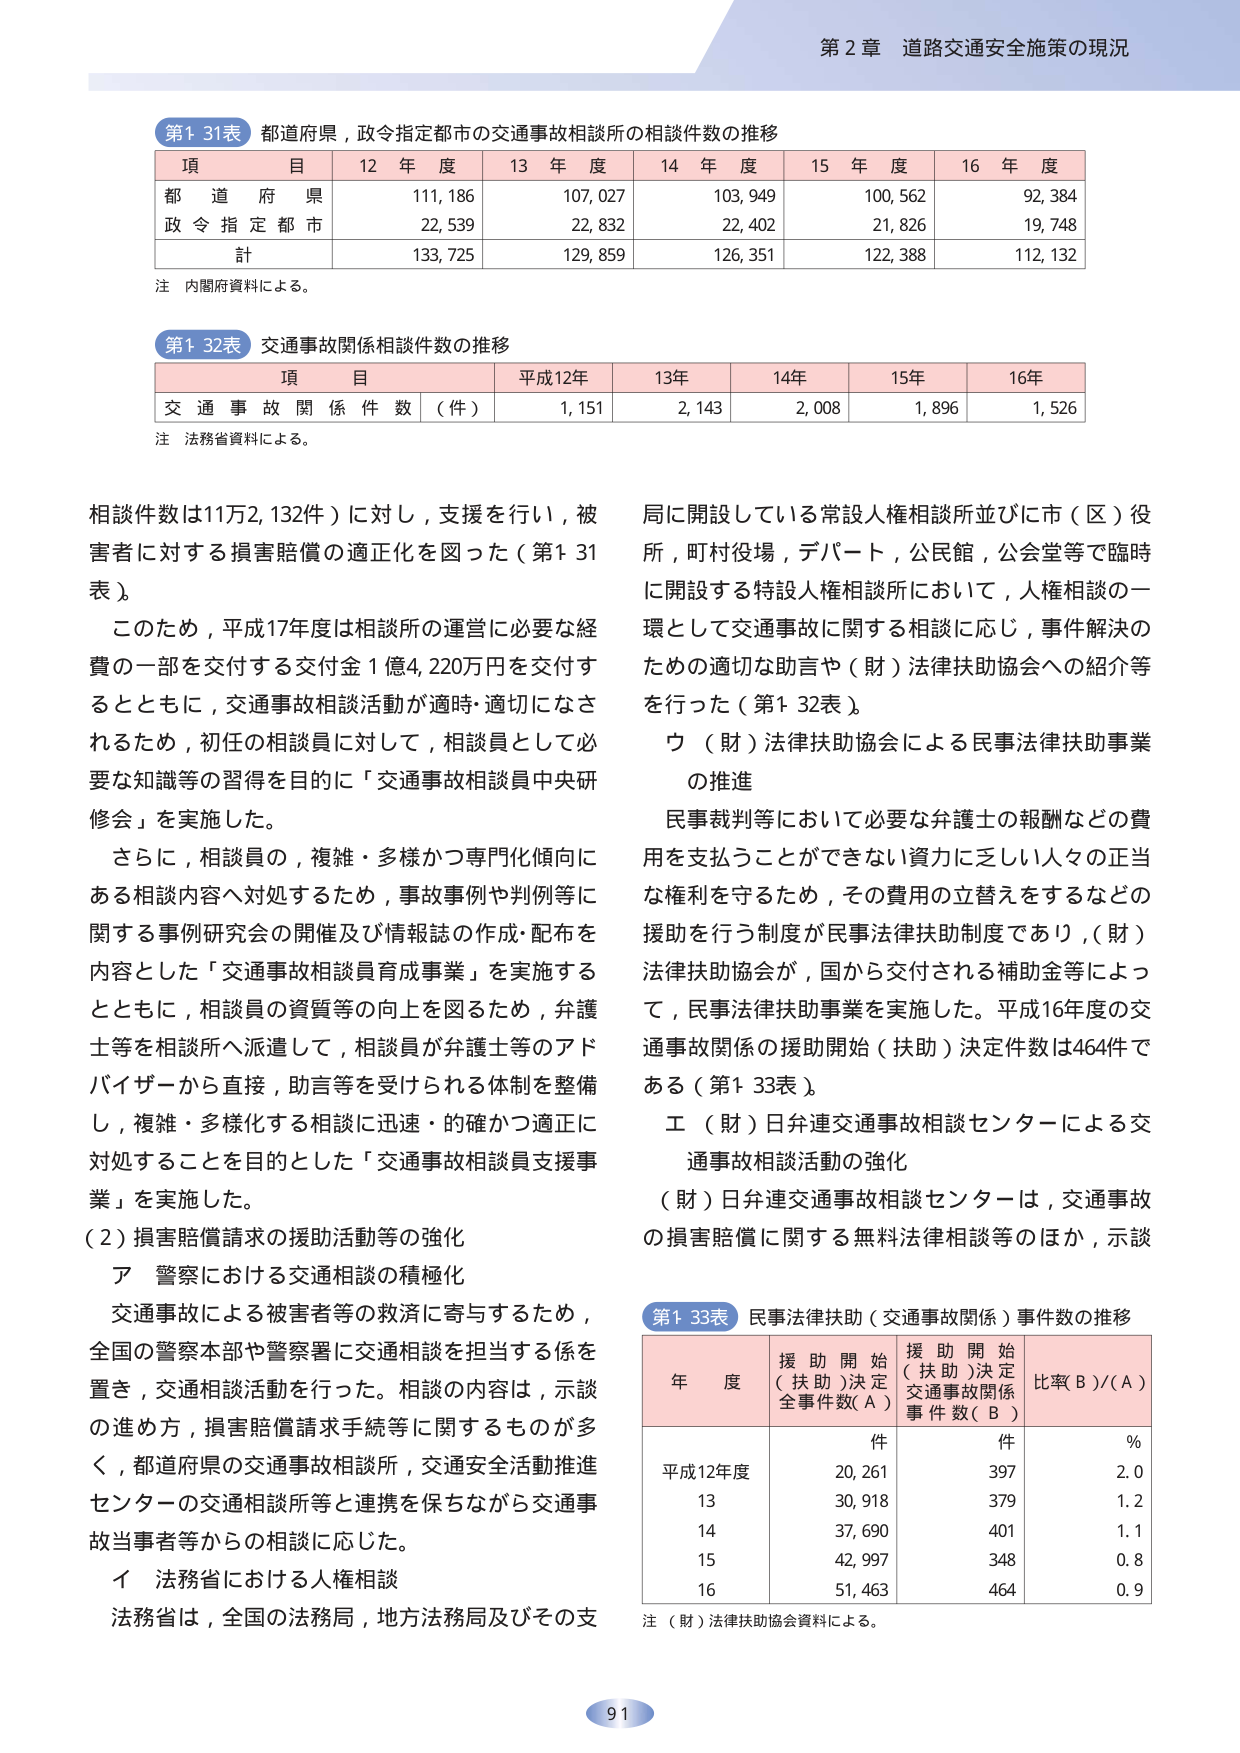
第2章 道路交通安全施策の現況

第1 31表 都道府県，政令指定都市の交通事故相談所の相談件数の推移
項 目 12 年 度 13 年 度 14 年 度 15 年 度 16 年 度
都 道 府 県 111,186 107,027 103,949 100,562 92,384
政 令 指 定 都 市 22,539 22,832 22,402 21,826 19,748
計 133,725 129,859 126,351 122,388 112,132
注 内閣府資料による。

第1 32表 交通事故関係相談件数の推移
項 目 平成12年 13年 14年 15年 16年
交 通 事 故 関 係 件 数 （件） 1,151 2,143 2,008 1,896 1,526
注 法務省資料による。

相談件数は11万2,132件）に対し，支援を行い，被害者に対する損害賠償の適正化を図った（第1 31表）。
このため，平成17年度は相談所の運営に必要な経費の一部を交付する交付金1億4,220万円を交付するとともに，交通事故相談活動が適時・適切になされるため，初任の相談員に対して，相談員として必要な知識等の習得を目的に「交通事故相談員中央研修会」を実施した。
さらに，相談員の，複雑・多様かつ専門化傾向にある相談内容へ対処するため，事故事例や判例等に関する事例研究会の開催及び情報誌の作成・配布を内容とした「交通事故相談員育成事業」を実施するとともに，相談員の資質等の向上を図るため，弁護士等を相談所へ派遣して，相談員が弁護士等のアドバイザーから直接，助言等を受けられる体制を整備し，複雑・多様化する相談に迅速・的確かつ適正に対処することを目的とした「交通事故相談員支援事業」を実施した。
（2）損害賠償請求の援助活動等の強化
ア 警察における交通相談の積極化
交通事故による被害者等の救済に寄与するため，全国の警察本部や警察署に交通相談を担当する係を置き，交通相談活動を行った。相談の内容は，示談の進め方，損害賠償請求手続等に関するものが多く，都道府県の交通事故相談所，交通安全活動推進センターの交通相談所等と連携を保ちながら交通事故当事者等からの相談に応じた。
イ 法務省における人権相談
法務省は，全国の法務局，地方法務局及びその支局に開設している常設人権相談所並びに市（区）役所，町村役場，デパート，公民館，公会堂等で臨時に開設する特設人権相談所において，人権相談の一環として交通事故に関する相談に応じ，事件解決のための適切な助言や（財）法律扶助協会への紹介等を行った（第1 32表）。
ウ （財）法律扶助協会による民事法律扶助事業の推進
民事裁判等において必要な弁護士の報酬などの費用を支払うことができない資力に乏しい人々の正当な権利を守るため，その費用の立替えをするなどの援助を行う制度が民事法律扶助制度であり，（財）法律扶助協会が，国から交付される補助金等によって，民事法律扶助事業を実施した。平成16年度の交通事故関係の援助開始（扶助）決定件数は464件である（第1 33表）。
エ （財）日弁連交通事故相談センターによる交通事故相談活動の強化
（財）日弁連交通事故相談センターは，交通事故の損害賠償に関する無料法律相談等のほか，示談

第1 33表 民事法律扶助（交通事故関係）事件数の推移
年 度 援 助 開 始 （扶助）決定 全事件数（A） 援 助 開 始 （扶助）決定 交通事故関係 事件数（B） 比率 B）/（A）
件 件 ％
平成12年度 20,261 397 2.0
13 30,918 379 1.2
14 37,690 401 1.1
15 42,997 348 0.8
16 51,463 464 0.9
注 （財）法律扶助協会資料による。

91